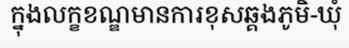
ក្នុងលក្ខខណ្ឌមានការខុសឆ្គងភូមិ-ឃុំ